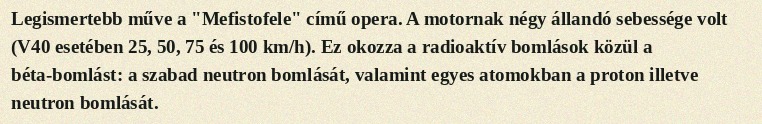
Legismertebb műve a "Mefistofele" című opera. A motornak négy állandó sebessége volt (V40 esetében 25, 50, 75 és 100 km/h). Ez okozza a radioaktív bomlások közül a béta-bomlást: a szabad neutron bomlását, valamint egyes atomokban a proton illetve neutron bomlását.